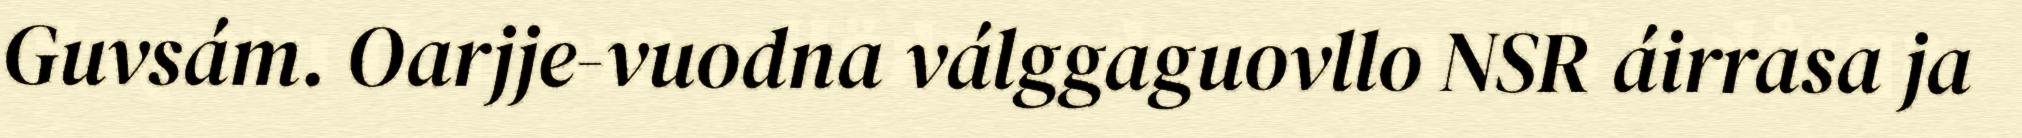
Guvsám. Oarjje-vuodna válggaguovllo NSR áirrasa ja